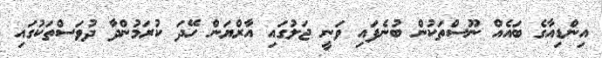
އިންޑިއާގެ ބައެއް ނޫސްތަކުން ބުނެފައި ވަނީ ޖަލުގައި އާރްޔަން ހޭދަ ކުރަމުންދާ ދުވަސްތަކުގައި